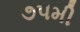
૭૫મી